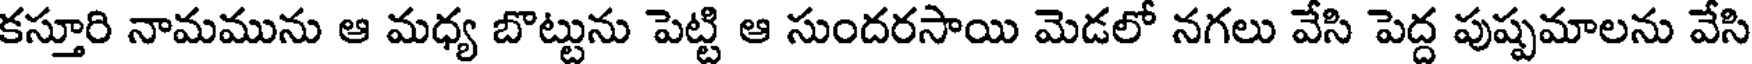
కస్తూరి నామమును ఆ మధ్య బొట్టును పెట్టి ఆ సుందరసాయి మెడలో నగలు వేసి పెద్ద పుష్పమాలను వేసి